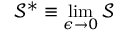
{ \mathcal { S } ^ { * } } \equiv \operatorname* { l i m } _ { \epsilon \rightarrow 0 } \mathcal { S }